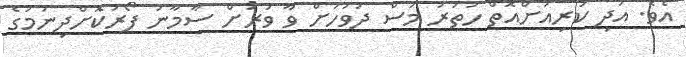
އެވެ. އަދި ކުރިއަށްއޮތް ހަތަރު މަސް ދުވަހަށް ވާ ވަރަށް ސާމާނު ފޯރުކޮށްދިނުމުގެ